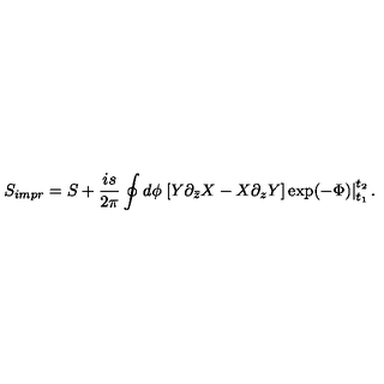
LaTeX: S _ { i m p r } = S + \frac { i s } { 2 \pi } \oint d \phi \left. \left[ Y \partial _ { \bar { z } } X - X \partial _ { z } Y \right] \exp ( - \Phi ) \right| _ { t _ { 1 } } ^ { t _ { 2 } } .